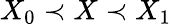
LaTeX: X_{0}\prec X\prec X_{1}